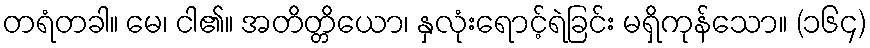
တရံတခါ။ မေ၊ ငါ၏။ အတိတ္တိယော၊ နှလုံးရောင့်ရဲခြင်း မရှိကုန်သော။ (၁၆၄)